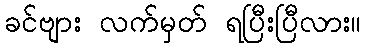
ခင်ဗျား လက်မှတ် ရပြီးပြီလား။